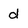
Character: d